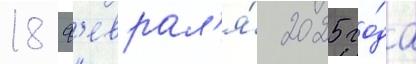
18 ф'еврал'я́ 2025 го́да